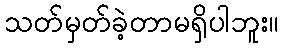
သတ်မှတ်ခဲ့တာမရှိပါဘူး။